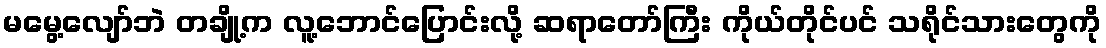
မမွေ့လျော်ဘဲ တချို့က လူ့ဘောင်ပြောင်းလို့ ဆရာတော်ကြီး ကိုယ်တိုင်ပင် သရိုင်သားတွေကို